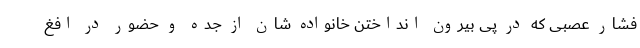
فشار عصبی که در پی بیرون انداختن خانواده شان از جده و حضور در افغ